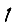
Digit: 1